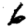
Digit: 6